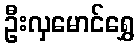
ဦးလှမောင်ရွှေ